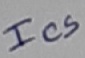
Text: Ics